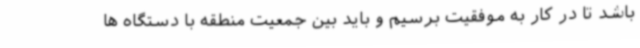
باشد تا در کار به موفقیت برسیم و باید بین جمعیت منطقه با دستگاه ها